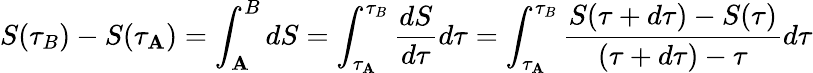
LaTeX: S(\tau_{B})-S(\tau_{\mathbf{A}})=\int_{\mathbf{A}}^{B}dS=\int_{\tau_{\mathbf{A}}}^{\tau_{B}}{\frac{{dS}}{{d\tau}}}d\tau=\int_{\tau_{\mathbf{A}}}^{\tau_{B}}{\frac{{S(\tau+d\tau)-S(\tau)}}{{(\tau+d\tau)-\tau}}}d\tau